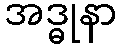
အဒ္ဓုနာ